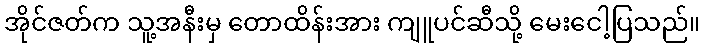
အိုင်ဇတ်က သူ့အနီးမှ တောထိန်းအား ကျူပင်ဆီသို့ မေးငေါ့ပြသည်။